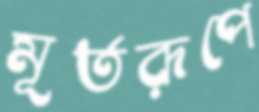
মূর্তরূপে